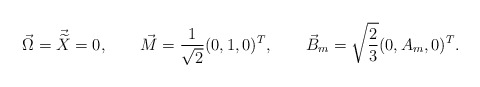
\begin{align*}\vec{\Omega}=\vec{\widetilde{X}}=0,\qquad \vec{M}=\frac{1}{\sqrt{2}}(0,1,0)^T,\qquad \vec{B}_m=\sqrt{\frac{2}{3}}(0,A_m,0)^T.\end{align*}